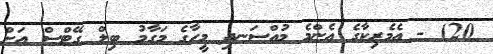
20) - އެމެރިކާގެ އެންމެ މުއްސަނދި މީހާގެ މަގާމު ބިލް ގޭޓްސް އަށް